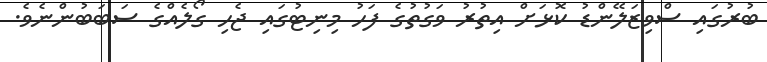
ބުރުގައި ސްވިޒަލޭންޑު ކޮޅަށް އިތުރު ވަގުތުގެ ފަހު މިނިޓުގައި ޖެހި ގޯލެއްގެ ސަބަބުންނެވެ.